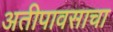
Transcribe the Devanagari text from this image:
अतीपावसाचा